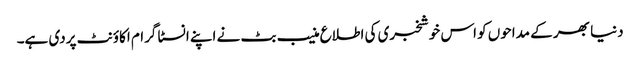
دنیا بھر کے مداحوں کو اس خوشخبری کی اطلاع منیب بٹ نے اپنے انسٹا گرام اکاؤنٹ پردی ہے۔